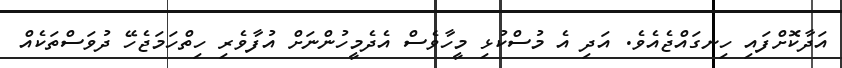
އަދާކޮށްފައި ހިނގައްޖެއެވެ. އަދި އެ މުސްކުޅި މީހާވެސް އެދެމީހުންނަށް އުފާވެރި ހިތްހަމަޖެހޭ ދުވަސްތަކެއް